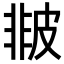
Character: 𤿻